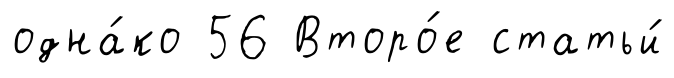
одна́ко 56 Второ́е статьи́